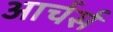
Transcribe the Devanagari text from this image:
आर्चर्स